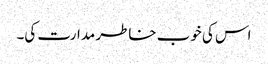
اس کی خوب خاطر مدارت کی۔